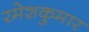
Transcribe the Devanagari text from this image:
रमेशकुमार